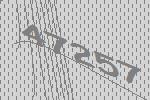
47257